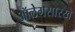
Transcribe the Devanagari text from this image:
ऑलेगसारखे